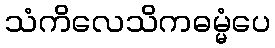
သံကိလေသိကဓမ္မံပေ